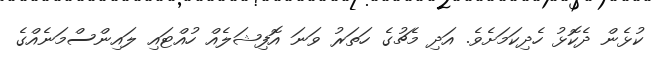
ކުޅެން ދެކޮޅު ހެދިކަމަށެވެ. އަދި މެޗުގެ ހަތަރު ވަނަ އޮފިޝަލެއް ހުއްޓައި ލައިންސްމަނެއްގެ